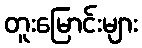
တူးမြောင်းများ